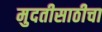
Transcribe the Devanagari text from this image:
मुदतीसाठीचा